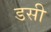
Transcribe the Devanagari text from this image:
डसी